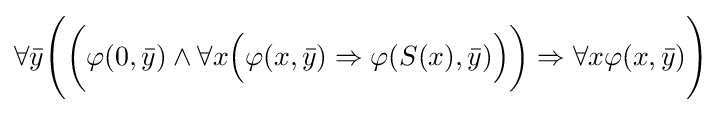
\forall {\bar {y}}{\Bigg (}{\bigg (}\varphi (0,{\bar {y}})\land \forall x{\Big (}\varphi (x,{\bar {y}})\Rightarrow \varphi (S(x),{\bar {y}}){\Big )}{\bigg )}\Rightarrow \forall x\varphi (x,{\bar {y}}){\Bigg )}